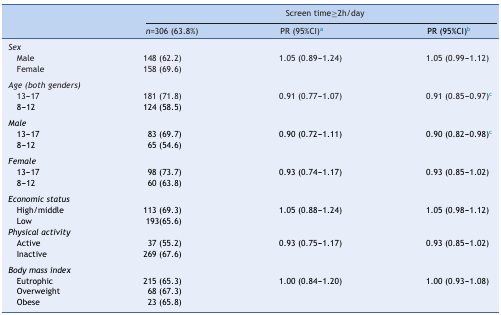
|  | <COLSPAN=3> Screen time≥2h/day |
 |  | n=306 (63.8%) | PR (95%CI)a | PR (95%CI)b |
 | --- | --- | --- | --- |
 | <COLSPAN=4> Sex |
 | Male | 148 (62.2) | 1.05 (0.89-1.24) | 1.05 (0.99-1.12) |
 | Female | 158 (69.6) |  |  |
 | <COLSPAN=4>  |
 | <COLSPAN=4> Age (both genders) |
 | 13-17 | 181 (71.8) | 0.91 (0.77-1.07) | 0.91 (0.85-0.97)c |
 | 8-12 | 124 (58.5) |  |  |
 | <COLSPAN=4>  |
 | <COLSPAN=4> Male |
 | 13-17 | 83 (69.7) | 0.90 (0.72-1.11) | 0.90 (0.82-0.98)c |
 | 8-12 | 65 (54.6) |  |  |
 | <COLSPAN=4>  |
 | <COLSPAN=4> Female |
 | 13-17 | 98 (73.7) | 0.93 (0.74-1.17) | 0.93 (0.85-1.02) |
 | 8-12 | 60 (63.8) |  |  |
 | <COLSPAN=4>  |
 | <COLSPAN=4> Economic status |
 | High/middle | 113 (69.3) | 1.05 (0.88-1.24) | 1.05 (0.98-1.12) |
 | Low | 193(65.6) |  |  |
 | <COLSPAN=4> Physical activity |
 | Active | 37 (55.2) | 0.93 (0.75-1.17) | 0.93 (0.85-1.02) |
 | Inactive | 269 (67.6) |  |  |
 | <COLSPAN=4>  |
 | <COLSPAN=4> Body mass index |
 | Eutrophic | 215 (65.3) | 1.00 (0.84-1.20) | 1.00 (0.93-1.08) |
 | Overweight | 68 (67.3) |  |  |
 | Obese | 23 (65.8) |  |  |